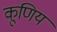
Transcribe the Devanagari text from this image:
कूणिय